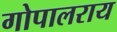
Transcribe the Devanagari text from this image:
गोपालराय